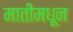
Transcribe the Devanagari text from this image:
मातीमधून